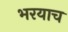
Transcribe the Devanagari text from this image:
भरयाच